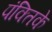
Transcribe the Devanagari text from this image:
पंक्तिके